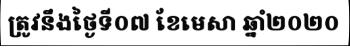
ត្រូវនឹងថ្ងៃទី០៧ ខែមេសា ឆ្នាំ២០២០